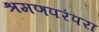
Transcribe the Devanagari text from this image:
श्रमणपरंपरा